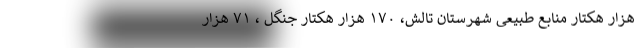
هزار هکتار منابع طبیعی شهرستان تالش، ۱۷۰ هزار هکتار جنگل ، ۷۱ هزار